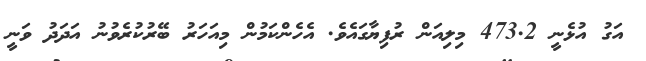
އަގު އުޅެނީ 473.2 މިލިއަން ރުފިޔާގައެވެ. އެހެންކަމުން މިއަހަރު ބޭރުކުރެވުނު އަދަދު ވަނީ